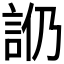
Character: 𧥰